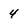
Character: 4